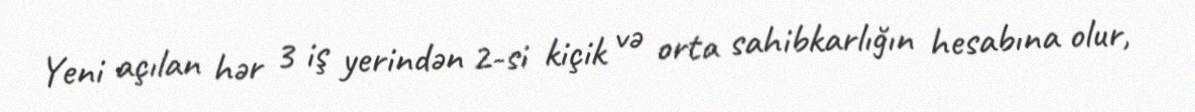
Yeni açılan hər 3 iş yerindən 2-si kiçik və orta sahibkarlığın hesabına olur,